Elephants and their diseases
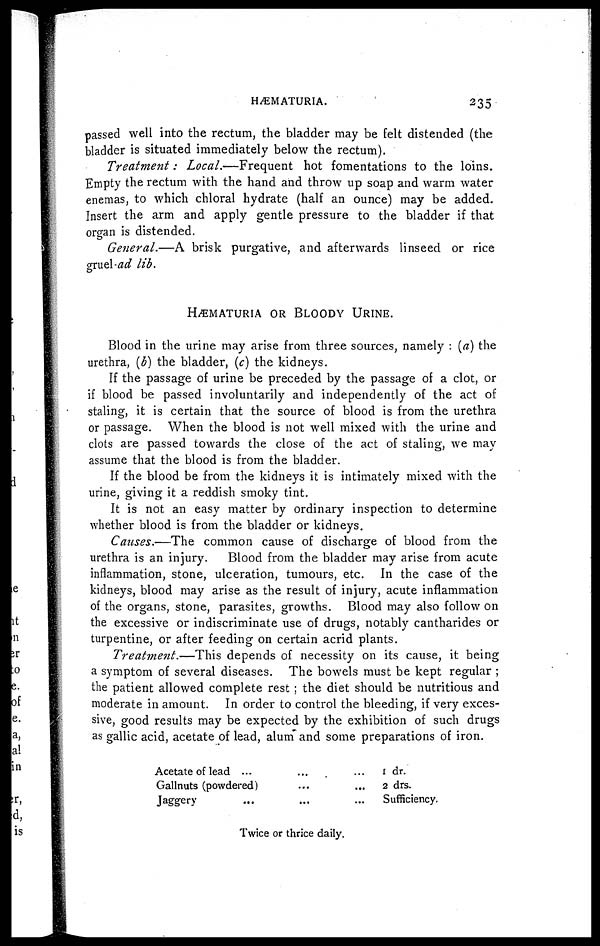
HÆMATURIA.
235
passed well into the rectum, the bladder may be felt distended (the
bladder is situated immediately below the rectum).
Treatment:
Local.—Frequent
hot fomentations to the loins.
Empty the rectum with the hand and throw up soap and warm water
enemas, to which chloral hydrate (half an ounce) may be added.
Insert the arm and apply gentle pressure to the bladder if that
organ is distended.
General.—A brisk purgative, and afterwards linseed or rice
gruel-ad lib.
HÆMATURIA OR BLOODY URINE.
Blood in the urine may arise from three sources, namely : (a) the
urethra, (b) the bladder, (c) the kidneys.
If the passage of urine be preceded by the passage of a clot, or
if blood be passed involuntarily and independently of the act of
staling, it is certain that the source of blood is from the urethra
or passage. When the blood is not well mixed with the urine and
clots are passed towards the close of the act of staling, we may
assume that the blood is from the bladder.
If the blood be from the kidneys it is intimately mixed with the
urine, giving it a reddish smoky tint.
It is not an easy matter by ordinary inspection to determine
whether blood is from the bladder or kidneys.
Causes.—The common cause of discharge of blood from the
urethra is an injury.
Blood from the bladder may arise from acute
inflammation, stone, ulceration, tumours, etc. In the case of the
kidneys, blood may arise as the result of injury, acute inflammation
of the organs, stone, parasites, growths. Blood may also follow on
the excessive or indiscriminate use of drugs, notably cantharides or
turpentine, or after feeding on certain acrid plants.
Treatment.—This
depends of necessity on its cause, it being
a symptom of several diseases. The bowels must be kept regular ;
the patient allowed complete rest ; the diet should be nutritious and
moderate in amount. In order to control the bleeding, if very exces-
sive, good results may be expected by the exhibition of such drugs
as gallic acid, acetate of lead, alum and some preparations of iron.
Acetate of lead ...
......
Gallnuts (powdered)......
Jaggery
.........
1 dr.
2 drs.
Sufficiency.
Twice or thrice daily.